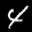
Label: 4